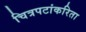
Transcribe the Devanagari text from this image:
चित्रपटांकरिता